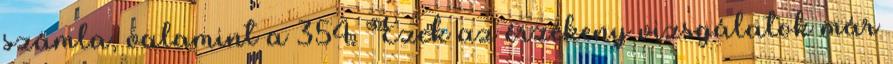
számla, valamint a 354. Ezek az érzékeny vizsgálatok már